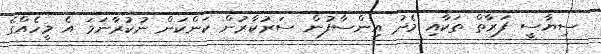
ސިޔާސީ ފަރާތް ތަކާއި މެދު އިންސާފުން ސަރުކާރުން ކަންކަން ނުކުރާނަމަ އެ މީހެއްގެ